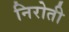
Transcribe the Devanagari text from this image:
निरोती